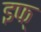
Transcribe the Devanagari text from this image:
इफ्